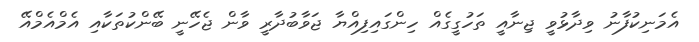
އެމަނިކުފާނު ވިދާޅުވީ ޖިނާއީ ތަހުގީގެއް ހިންގައިފިއްޔާ ޖަވާބުދާރީ ވާން ޖެހޭނީ ބޭންކުތަކާއި އެމްއެމްއޭ